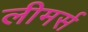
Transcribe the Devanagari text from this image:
लीमर्स